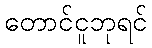
တောင်ငူဘုရင်